Bombay plague: being a history of the progress of plague in the Bombay presidency from September 1896 to June 1899
Year: 1896
Disease focus: Plague
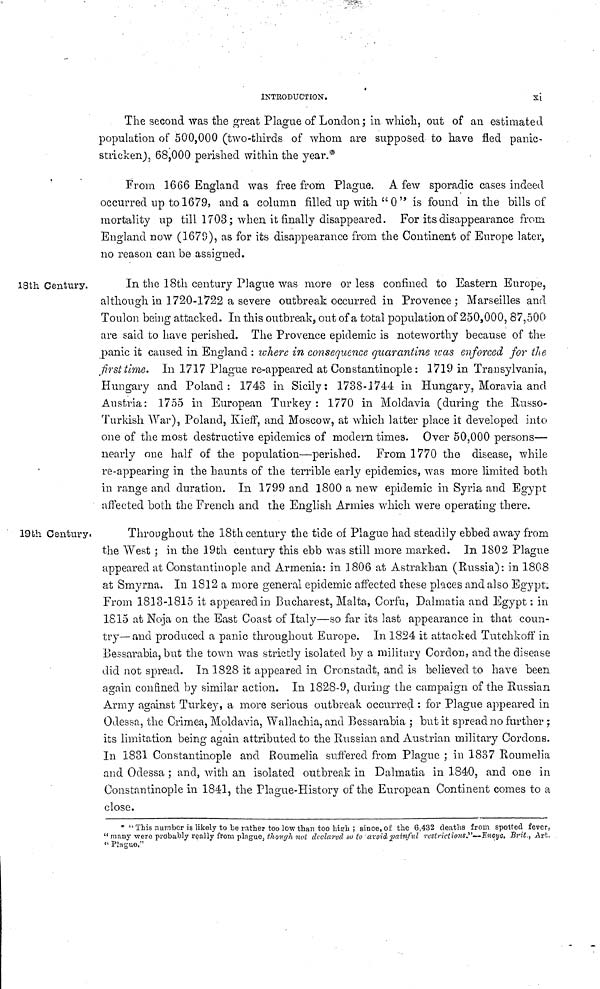
INTRODUCTION.
i
The second was the great Plague of London ; in which, out of an estimated
population of 500,000 (two-thirds of whom are supposed to have fled panic-
stricken), 68,000 perished within the year.*
From 1666 England was free from Plague. A few sporadic cases indeed
occurred up to 1679, and a column filled up with " 0" is found in the bills of
mortality up till 1703; when it finally disappeared. For its disappearance from
England now (1679), as for its disappearance from the Continent of Europe later,
no reason can be assigned.
18th Century.
In the 18th century Plague was more or less confined to Eastern Europe,
although in 1720-1722 a severe outbreak occurred in Provence; Marseilles and
Toulon being attacked. In this outbreak, out of a total population of 250,000, 87,500
are said to have perished. The Provence epidemic is noteworthy because of the
panic it caused in England : where in consequence quarantine was enforced for the
first time. In 1717 Plague re-appeared at Constantinople: 1719 in Transylvania,
Hungary and Poland: 1743 in Sicily: 1738-1744 in Hungary, Moravia and
Austria: 1755 in European Turkey: 1770 in Moldavia (during the Russo-
Turkish War), Poland, Kieff, and Moscow, at which latter place it developed into
one of the most destructive epidemics of modern times. Over 50,000 persons—
nearly one half of the population—perished. From 1770 the disease, while
re-appearing in the haunts of the terrible early epidemics, was more limited both
in range and duration. In 1799 and 1800 a new epidemic in Syria and Egypt
affected both the French and the English Armies which were operating there.
19th Century.
Throughout the 18th century the tide of Plague had steadily ebbed away from
the West ; in the 19th century this ebb was still more marked. In 1802 Plague
appeared at Constantinople and Armenia: in 1806 at Astrakhan (Russia): in 1808
at Smyrna. In 1812 a more general epidemic affected these places and also Egypt.
From 1813-1815 it appeared in Bucharest, Malta, Corfu, Dalmatia and Egypt : in
1815 at Noja on the East Coast of Italy—so far its last appearance in that coun-
try— and produced a panic throughout Europe. In 1824 it attacked Tutchkoff in
Bessarabia, but the town was strictly isolated by a military Cordon, and the disease
did not spread. In 1828 it appeared in Cronstadt, and is believed to have been
again confined by similar action. In 1828-9, during the campaign of the Russian
Army against Turkey, a more serious outbreak occurred : for Plague appeared in
Odessa, the Crimea, Moldavia, Wallachia, and Bessarabia ; but it spread no further ;
its limitation being again attributed to the Russian and Austrian military Cordons.
In 1831 Constantinople and Roumelia suffered from Plague ; in 1837 Roumelia
and Odessa ; and, with an isolated outbreak in Dalmatia in 1840, and one in
Constantinople in 1841, the Plague-History of the European Continent comes to a
close.
* " This number is likely to be rather too low than too high ; since, of the 6,432 deaths from spotted fever,
" many were probably really from plague, though not declared so to avoid painfttl restrictions."—Encyc. Brit., Art,
"Plaguo."